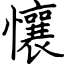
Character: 懹